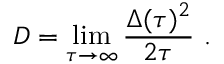
D = \operatorname* { l i m } _ { \tau \rightarrow \infty } \frac { \Delta ( \tau ) ^ { 2 } } { 2 \tau } ~ .